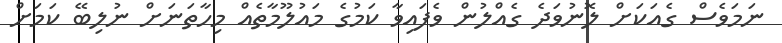
ނަމަވެސް ގެއަކަށް ލޮނުވަދެ ގެއްލުން ވެފައިވާ ކަމުގެ މައުލޫމާތެއް މިހާތަނަށް ނުލިބޭ ކަމަށް